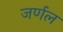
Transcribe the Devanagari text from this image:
जर्णल